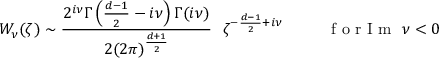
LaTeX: W _ { \nu } ( \zeta ) \sim \frac { 2 ^ { i \nu } \Gamma \left( \frac { d - 1 } { 2 } - i \nu \right) \Gamma ( i \nu ) } { 2 ( 2 \pi ) ^ { \frac { d + 1 } { 2 } } } \ \ \zeta ^ { - \frac { d - 1 } { 2 } + i \nu } \ \ \ \ \ \ \ \ \makebox { f o r I m } \ \nu < 0